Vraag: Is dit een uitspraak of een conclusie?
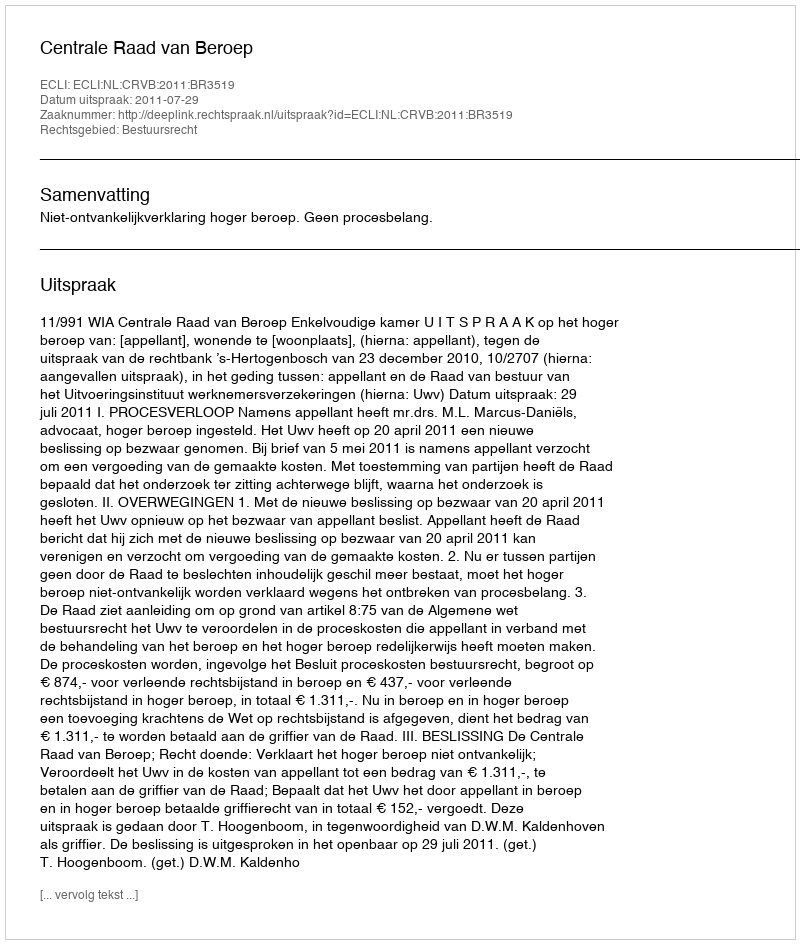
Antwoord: Uitspraak